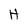
Character: H